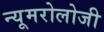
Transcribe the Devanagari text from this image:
न्यूमरोलोजी